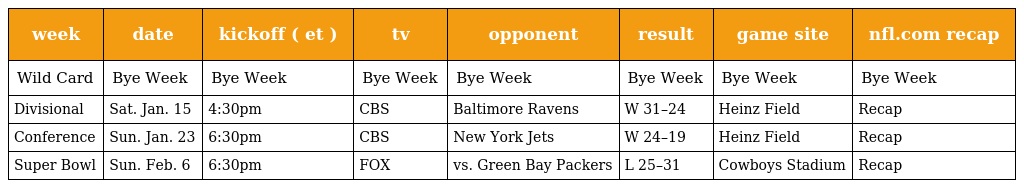
| week | date | kickoff ( et ) | tv | opponent | result | game site | nfl.com recap |
 | --- | --- | --- | --- | --- | --- | --- | --- |
 | Wild Card | Bye Week | Bye Week | Bye Week | Bye Week | Bye Week | Bye Week | Bye Week |
 | Divisional | Sat. Jan. 15 | 4:30pm | CBS | Baltimore Ravens | W 31–24 | Heinz Field | Recap |
 | Conference | Sun. Jan. 23 | 6:30pm | CBS | New York Jets | W 24–19 | Heinz Field | Recap |
 | Super Bowl | Sun. Feb. 6 | 6:30pm | FOX | vs. Green Bay Packers | L 25–31 | Cowboys Stadium | Recap |